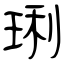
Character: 琍